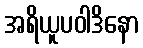
အရိယူပဝါဒိနော